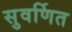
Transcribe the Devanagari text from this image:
सुवर्णित